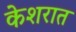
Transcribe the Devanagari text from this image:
केशरात